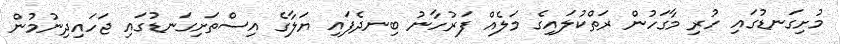
މުށިގަނޑުގައި ހުރި މާގަހުން ރަތްކުލައިގެ މަލެއް ފަރުހާނު ބިނދެފައި ޔަލާގެ އިސްތަށިގަނޑުގައި ޖަހައިދިނުމުން